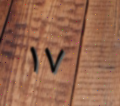
١٧